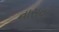
નાસવા